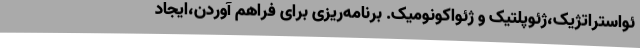
ئواستراتژيک،ژئوپلتیک و ژئواکونومیک. برنامه‌ریزی برای فراهم آوردن،ایجاد